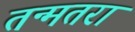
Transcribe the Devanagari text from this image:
तन्मतरा